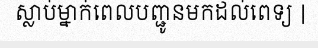
ស្លាប់ម្នាក់ពេលបញ្ជូនមកដល់ពេទ្យ |